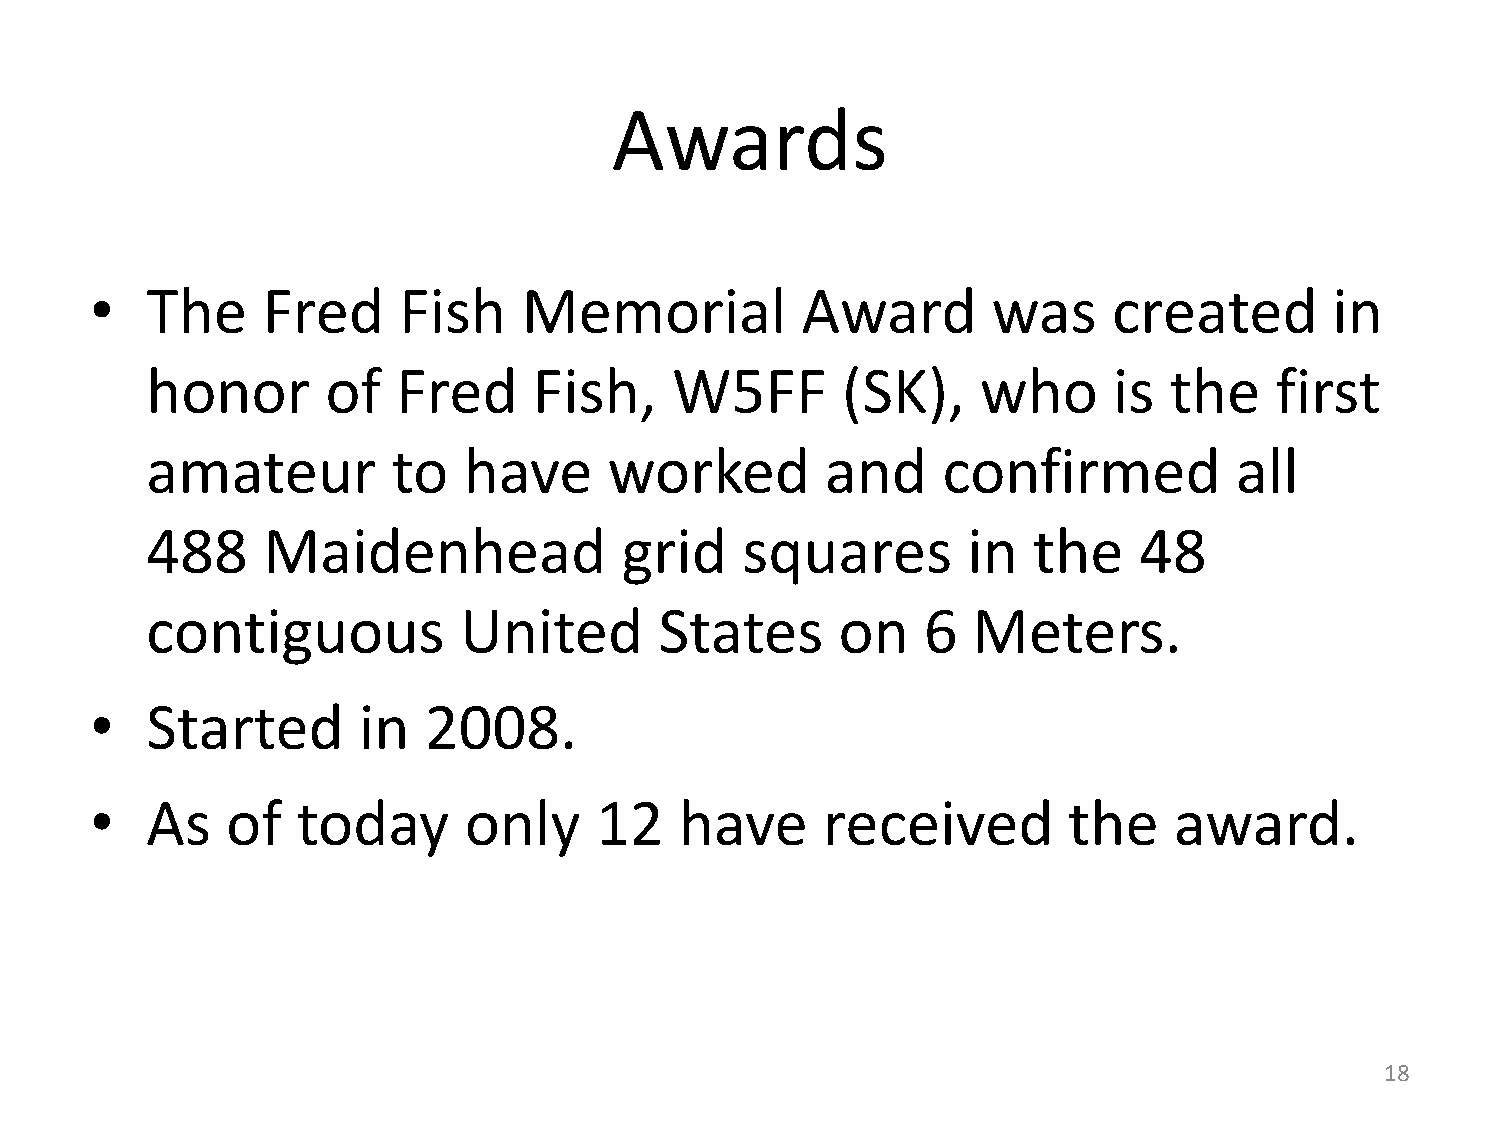
Awards
 •   The    Fred     Fish     Memorial          Award        was     created       in
 honor       of  Fred     Fish,    W5FF        (SK),    who      is the    first
 amateur         to   have     worked         and    confirmed           all
 488    Maidenhead              grid    squares        in  the    48
 contiguous          United        States      on   6  Meters.
 •   Started       in  2008.
 •   As   of   today      only    12    have     received         the    award.
 18